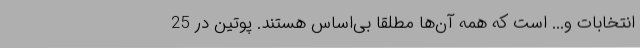
انتخابات و... است که همه آن‌ها مطلقاً بی‌اساس هستند. پوتین در 25